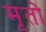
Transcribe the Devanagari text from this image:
मृतो